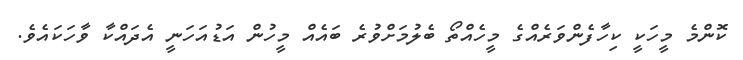
ކޮންމެ މީހަކީ ކިހާފެންވަރެއްގެ މީހެއްތޯ ބެލުމަށްވުރެ ބައެއް މީހުން އަޑުއަހަނީ އެދައްކާ ވާހަކައެވެ.